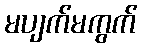
မပျက်မကွက်